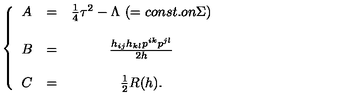
\left\{ \begin{array} { l c c } { A } & { = } & { \frac { 1 } { 4 } \tau ^ { 2 } - \Lambda \mathrm { \ } ( = c o n s t . o n \Sigma ) } \\ { } & { } & { } \\ { B } & { = } & { \frac { h _ { i j } h _ { k l } p ^ { i k } p ^ { j l } } { 2 h } } \\ { } & { } & { } \\ { C } & { = } & { \frac { 1 } { 2 } R ( h ) . } \\ \end{array} \right.